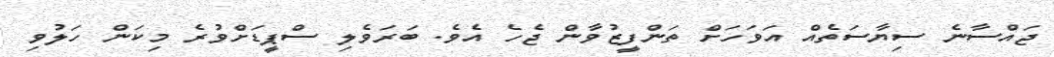
ޖައްސާނެ ސިޔާސަތެއް އަވަހަށް ތަންފީޒުވާން ޖެހެ އެވެ. ބަރަވެލި ސްޕީޑަށްވުރެ މިކަން ހަލުވި